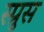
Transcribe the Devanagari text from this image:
स्प्रुस